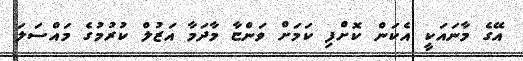
އޭގެ މާނައަކީ އެކަން ކޮށްފި ކަމަށް ވަންޏާ މާދަމާ އަޒުލް ކުރުމުގެ މައްސަލަ